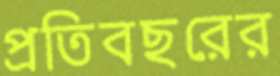
প্রতিবছরের